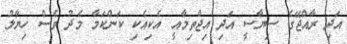
އަދި ރާއްޖޭގެ ސިޔާސީ އަދި އިޖްތިމާއީ އެކިއެކި ކަންކަމާ މެދު ވެސް ހިޔާލު